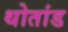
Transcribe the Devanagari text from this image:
थोतांड